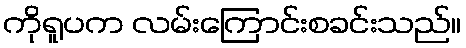
ကိုရူပက လမ်းကြောင်းစခင်းသည်။